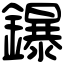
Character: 鑤